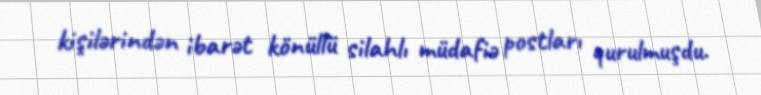
kişilərindən ibarət könüllü silahlı müdafiə postları qurulmuşdu.